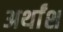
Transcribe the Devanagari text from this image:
अर्थांश